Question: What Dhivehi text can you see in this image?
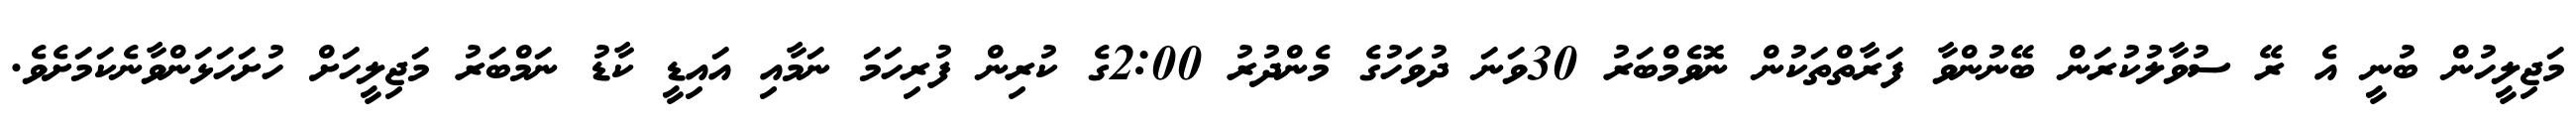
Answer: މަޖިލީހުން ބުނީ އެ ރޭ ސުވާލުކުރަން ބޭނުންވާ ފަރާތްތަކުން ނޮވެމްބަރު 30ވަނަ ދުވަހުގެ މެންދުރު 2:00ގެ ކުރިން ފުރިހަމަ ނަމާއި އައިޑީ ކާޑު ނަމްބަރު މަޖިލީހަށް ހުށަހަޅަންވާނެކަމަށެވެ.